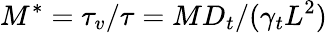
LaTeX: M^{*}=\tau_{v}/\tau=MD_{t}/(\gamma_{t}L^{2})